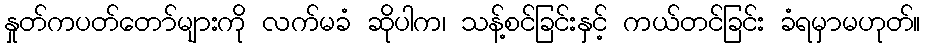
နှုတ်ကပတ်တော်များကို လက်မခံ ဆိုပါက၊ သန့်စင်ခြင်းနှင့် ကယ်တင်ခြင်း ခံရမှာမဟုတ်။